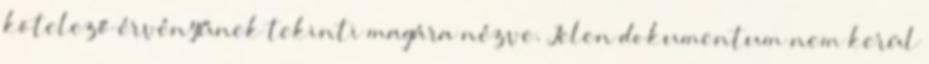
kötelező érvényűnek tekinti magára nézve. Jelen dokumentum nem kerül